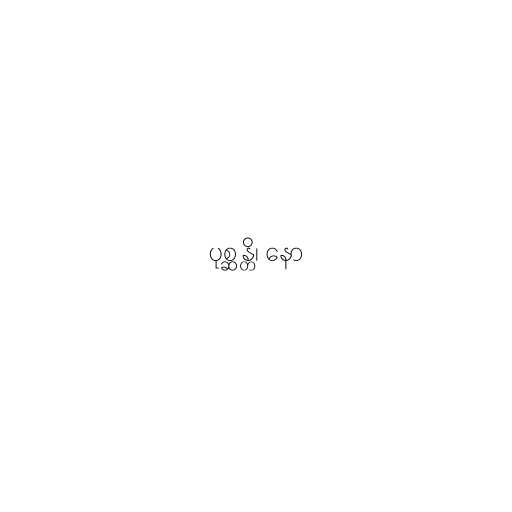
ပုစ္ဆန္တိ၊ နော